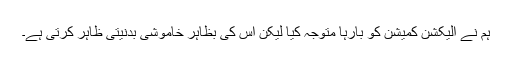
ہم نے الیکشن کمیشن کو بارہا متوجہ کیا لیکن اس کی بظاہر خاموشی بدنیتی ظاہر کرتی ہے۔